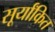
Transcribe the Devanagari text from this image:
सूर्यांकित